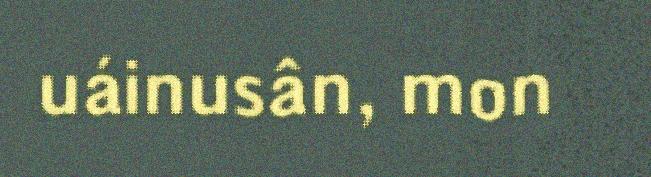
uáinusân, mon